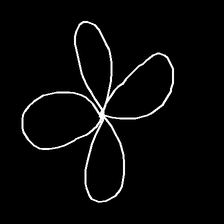
Glyph: billowing